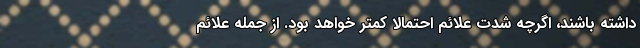
داشته باشند، اگرچه شدت علائم احتمالا کمتر خواهد بود. از جمله علائم